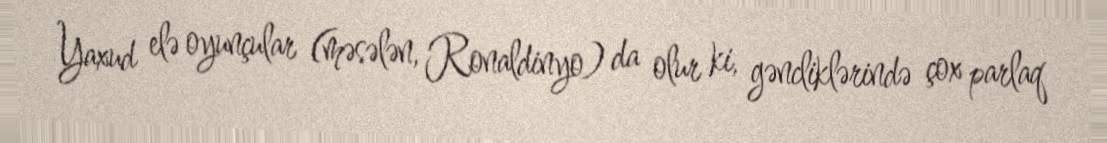
Yaxud elə oyunçular (məsələn, Ronaldinyo) da olur ki, gəncliklərində çox parlaq